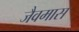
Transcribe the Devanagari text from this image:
जैवमास